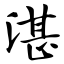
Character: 湛